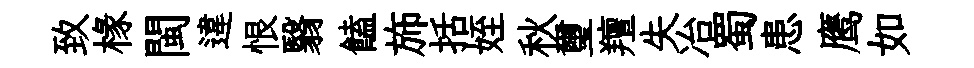
致椽閩違恨翳饁斾括姪秋璽羶失冶蜀患鹰如